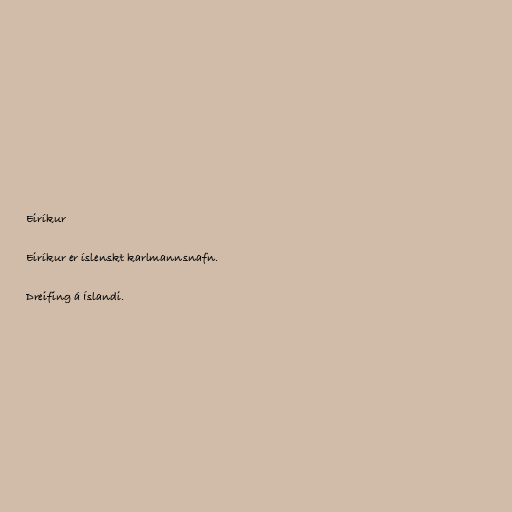
Eiríkur

Eiríkur er íslenskt karlmannsnafn.

Dreifing á Íslandi.